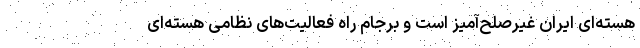
هسته‌ای ایران غیرصلح‌آمیز است و برجام راه فعالیت‌های نظامی هسته‌ای